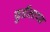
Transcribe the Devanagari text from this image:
फुर्तीलापन